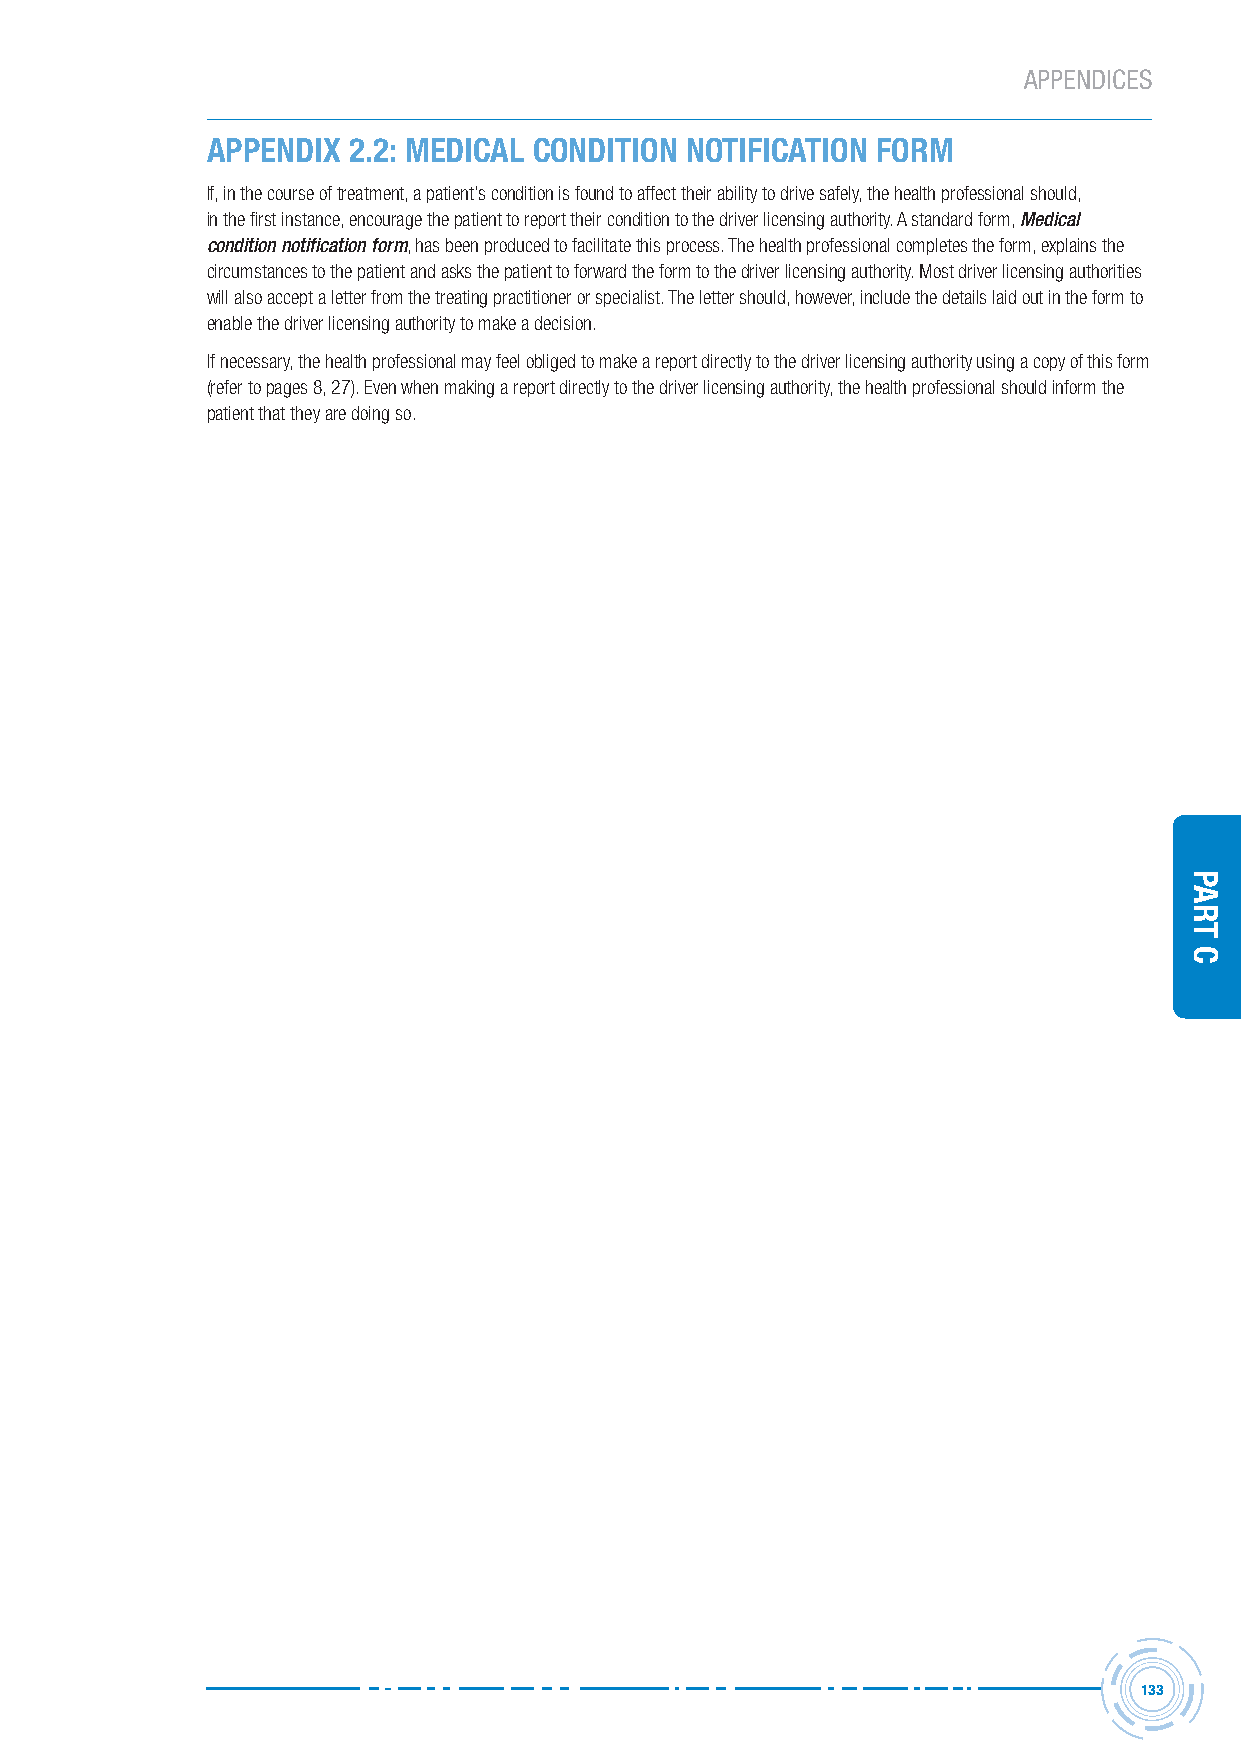
APPENDICES
 APPENDIx 2.2: MEDICAL CONDITION NOTIFICATION FORM
 If, in the course of treatment, a patient’s condition is found to affect their ability to drive safely, the health professional should,
 in the first instance, encourage the patient to report their condition to the driver licensing authority. A standard form, Medical
 condition notification form, has been produced to facilitate this process. The health professional completes the form, explains the
 circumstances to the patient and asks the patient to forward the form to the driver licensing authority. Most driver licensing authorities
 will also accept a letter from the treating practitioner or specialist. The letter should, however, include the details laid out in the form to
 enable the driver licensing authority to make a decision.
 If necessary, the health professional may feel obliged to make a report directly to the driver licensing authority using a copy of this form
 (refer to pages 8, 27). Even when making a report directly to the driver licensing authority, the health professional should inform the
 patient that they are doing so.
 133
 Part
 C